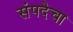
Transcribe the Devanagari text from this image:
संपदेचा